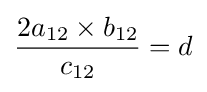
{2a_{12}\times b_{12} \over c_{12}}=d